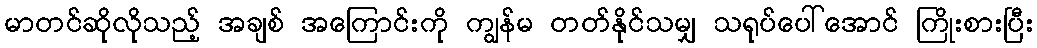
မာတင်ဆိုလိုသည့် အချစ် အကြောင်းကို ကျွန်မ တတ်နိုင်သမျှ သရုပ်ပေါ်အောင် ကြိုးစားပြီး